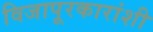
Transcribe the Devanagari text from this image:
विजापूरकारांशी